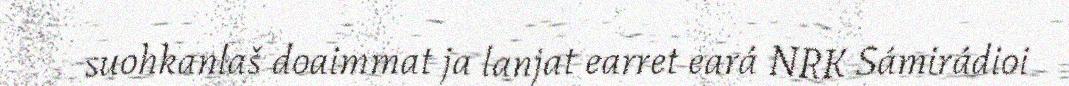
suohkanlaš doaimmat ja lanjat earret eará NRK Sámirádioi